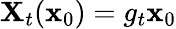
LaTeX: \mathbf{X}_{t}({\mathbf{x}}_{0})=g_{t}\mathbf{x}_{0}